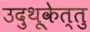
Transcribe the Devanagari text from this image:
उदुथूकेत्तु